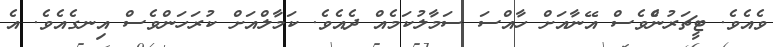
ވެެއެވެ. ޓީޗަރުންެވެސް އޭނާއަށް ހާއްސަ ސަމާލުކަމެއް ދެއެވެ. ކަމާލްއަށް ކުރަހަންވެސް އިނގެއެވެ. އެ